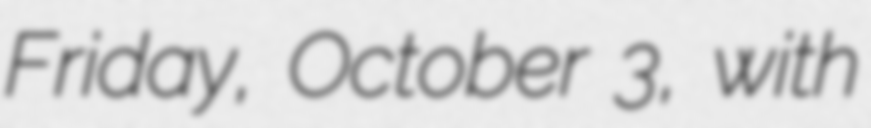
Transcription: Friday, October 3, with